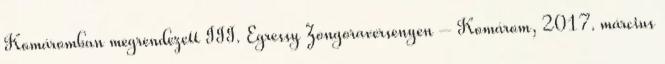
Komáromban megrendezett III. Egressy Zongoraversenyen – Komárom, 2017. március